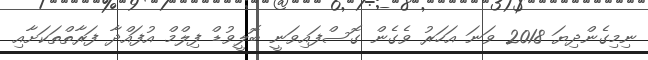
ނިމިގެންދިޔަ 2018 ވަނަ އަހަރު ވެގެން ގޮސްފައިވަނީ ބޮލީވުޑް ފިލްމް އުފައްދާ ފަރާތްތަކަށާއި